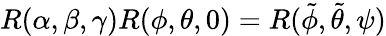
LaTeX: R(\alpha,\beta,\gamma)R(\phi,\theta,0)=R(\tilde{\phi},\tilde{\theta},\psi)